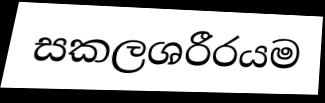
සකලශරීරයම